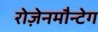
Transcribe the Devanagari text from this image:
रोज़ेनमौन्टेग